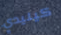
كينيدي